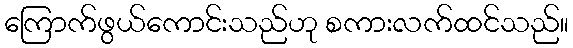
ကြောက်ဖွယ်ကောင်းသည်ဟု စကားလက်ထင်သည်။